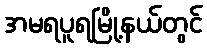
အမရပူရမြို့နယ်တွင်